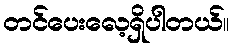
တင်ပေးလေ့ရှိပါတယ်။